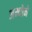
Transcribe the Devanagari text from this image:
अन्योने